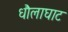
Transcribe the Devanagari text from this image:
धौलाघाट